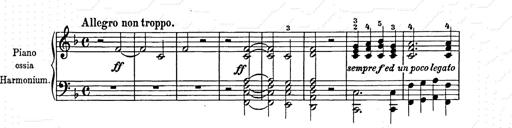
Title: Weihnachtsbaum
Composer: Franz Liszt